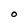
Character: O